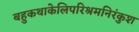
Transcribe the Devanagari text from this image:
बहुकथाकेलिपरिश्रमनिरंकुश